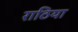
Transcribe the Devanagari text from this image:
राठिया